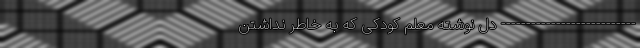
--------------------------- دل نوشته معلم کودکی که به خاطر نداشتن